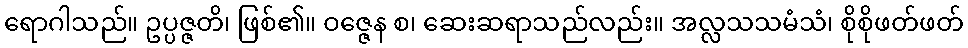
ရောဂါသည်။ ဥပ္ပဇ္ဇတိ၊ ဖြစ်၏။ ဝဇ္ဇေန စ၊ ဆေးဆရာသည်လည်း။ အလ္လသသမံသံ၊ စိုစိုဖတ်ဖတ်